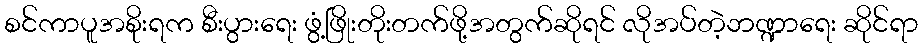
စင်ကာပူအစိုးရက စီးပွားရေး ဖွံ့ဖြိုးတိုးတက်ဖို့အတွက်ဆိုရင် လိုအပ်တဲ့ဘဏ္ဍာရေး ဆိုင်ရာ